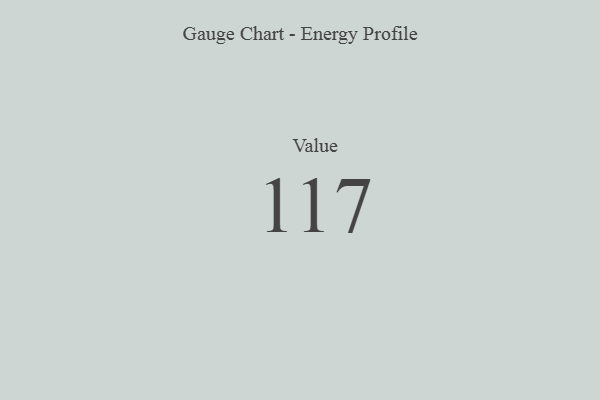
{"axis": {"x": "Metric", "y": "Value"}, "legend": [""], "data": [{"x": "Value", "y": 117, "type": ""}]}